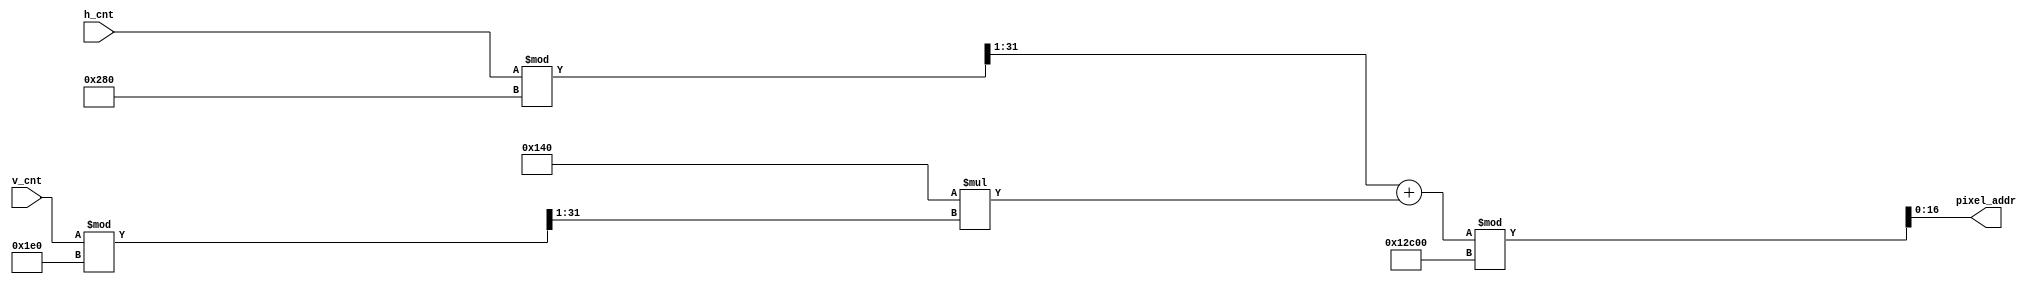
`timescale 1ns / 1ps
//////////////////////////////////////////////////////////////////////////////////
// Company: 
// Engineer: 
// 
// Design Name: 
// Module Name: bg_addr_gen
// Project Name: 
// Target Devices: 
// Tool Versions: 
// Description: 
// 
// Dependencies: 
// 
// Revision:
// Revision 0.01 - File Created
// Additional Comments:
// 
//////////////////////////////////////////////////////////////////////////////////

module bg_addr_gen(
   input [9:0] h_cnt,
   input [9:0] v_cnt,
   output [16:0] pixel_addr
   );
   assign pixel_addr = (((h_cnt%640)>>1)+320*((v_cnt%480)>>1))% 76800;
endmodule